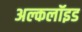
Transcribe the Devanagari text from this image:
अल्कलॉइड